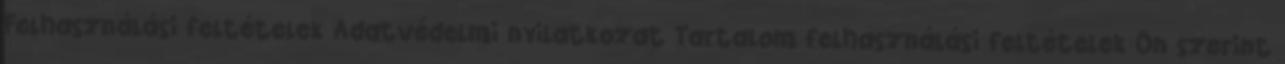
Felhasználási feltételek Adatvédelmi nyilatkozat Tartalom felhasználási feltételek Ön szerint